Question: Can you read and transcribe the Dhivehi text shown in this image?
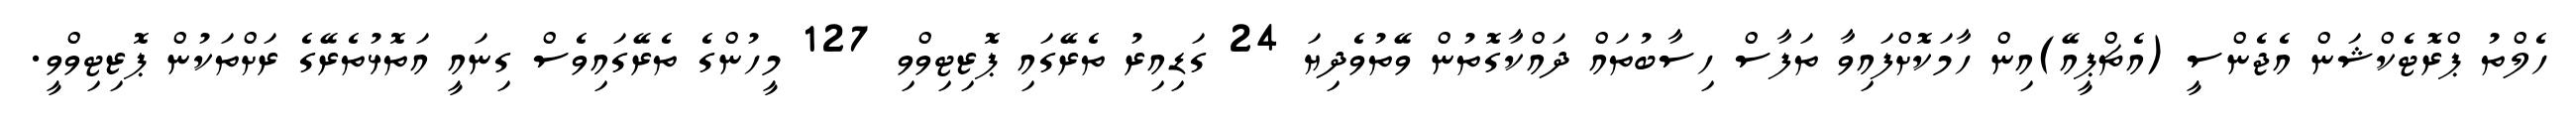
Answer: ހެލްތު ޕްރޮޓެކްޝަން އެޖެންސީ (އެޗްޕީއޭ)އިން ހާމަކޮށްފައިވާ ތަފާސް ހިސާބުތައް ދައްކާގޮތުން ވޭތުވެދިޔަ 24 ގަޑިއިރު ތެރޭގައި ޕޮޒިޓިވްވި 127 މީހުންގެ ތެރޭގައިވެސް ގިނައީ އަތޮޅުތެރޭގެ ރަށްތަކުން ޕޮޒިޓިވްވީ.